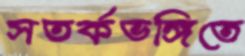
সতর্কভঙ্গিতে